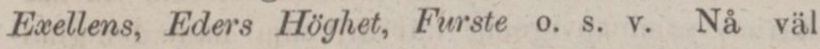
Exellens, Eders Höghet, Furste o. s. v. Nå väl